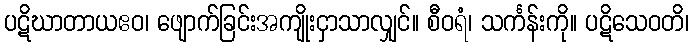
ပဋိဃာတာယဧဝ၊ ဖျောက်ခြင်းအကျိုးငှာသာလျှင်။ စီဝရံ၊ သင်္ကန်းကို။ ပဋိသေဝတိ၊